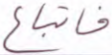
فاتباع